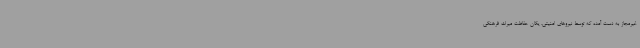
غیرمجاز به دست آمده که توسط نیروهای امنیتی، یگان حفاظت میراث فرهنگی